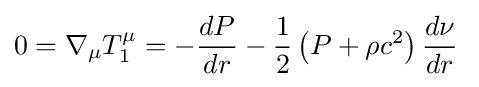
0=\nabla _{\mu }T_{1}^{\mu }=-{\frac {dP}{dr}}-{\frac {1}{2}}\left(P+\rho c^{2}\right){\frac {d\nu }{dr}}\;